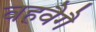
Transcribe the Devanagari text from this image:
वहवैगै